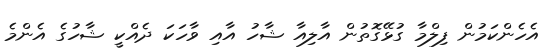
އެހެންކަމުން ފިލްމާ ގުޅޭގޮތުން އާލިއާ ޝާހު އާއި ވާހަކަ ދެއްކީ ޝާހުގެ އެންމެ